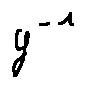
y ^ { - 1 }